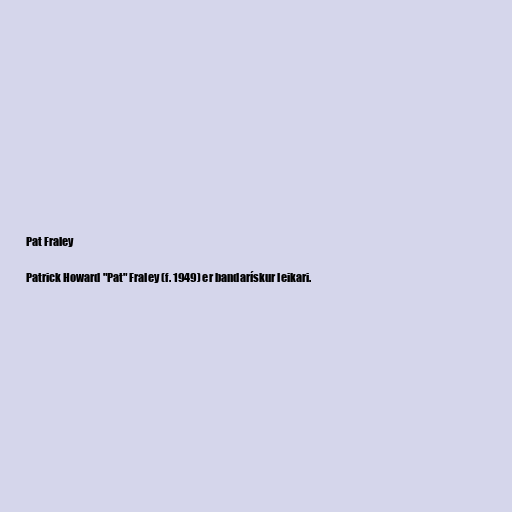
Pat Fraley

Patrick Howard "Pat" Fraley (f. 1949) er bandarískur leikari.